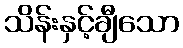
သိန်းနှင့်ချီသော